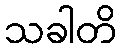
သခါတိ